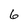
Character: 6